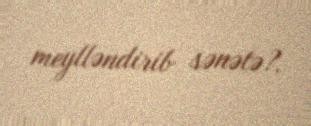
meylləndirib sənətə?.